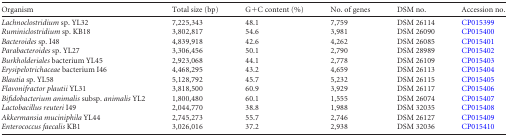
| Organism | Total size (bp) | G+C content (%) | No. of genes | DSM no. | Accession no. |
 | --- | --- | --- | --- | --- | --- |
 | Lachnoclostridium sp. YL32 | 7,225,343 | 48.1 | 7,759 | DSM 26114 | CP015399 |
 | Ruminiclostridium sp. KB18 | 3,802,817 | 54.6 | 3,981 | DSM 26090 | CP015400 |
 | Bacteroides sp. I48 | 4,839,918 | 42.6 | 4,262 | DSM 26085 | CP015401 |
 | Parabacteroides sp. YL27 | 3,306,456 | 50.1 | 2,790 | DSM 28989 | CP015402 |
 | Burkholderiales bacterium YL45 | 2,923,068 | 44.1 | 2,778 | DSM 26109 | CP015403 |
 | Erysipelotrichaceae bacterium I46 | 4,468,295 | 43.2 | 4,659 | DSM 26113 | CP015404 |
 | Blautia sp. YL58 | 5,128,792 | 45.7 | 5,232 | DSM 26115 | CP015405 |
 | Flavonifractor plautii YL31 | 3,818,500 | 60.9 | 3,929 | DSM 26117 | CP015406 |
 | Bifidobacterium animalis subsp. animalis YL2 | 1,800,480 | 60.1 | 1,555 | DSM 26074 | CP015407 |
 | Lactobacillus reuteri I49 | 2,044,770 | 38.8 | 1,988 | DSM 32035 | CP015408 |
 | Akkermansia muciniphila YL44 | 2,745,273 | 55.7 | 2,746 | DSM 26127 | CP015409 |
 | Enterococcus faecalis KB1 | 3,026,016 | 37.2 | 2,938 | DSM 32036 | CP015410 |